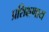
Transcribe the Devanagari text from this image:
प्रशिक्षणाय